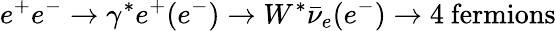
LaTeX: e^{+}e^{-}\rightarrow\gamma^{*}e^{+}(e^{-})\rightarrow W^{*}\bar{\nu}_{e}(e^{-})\rightarrow 4\ \mathrm{fermions}